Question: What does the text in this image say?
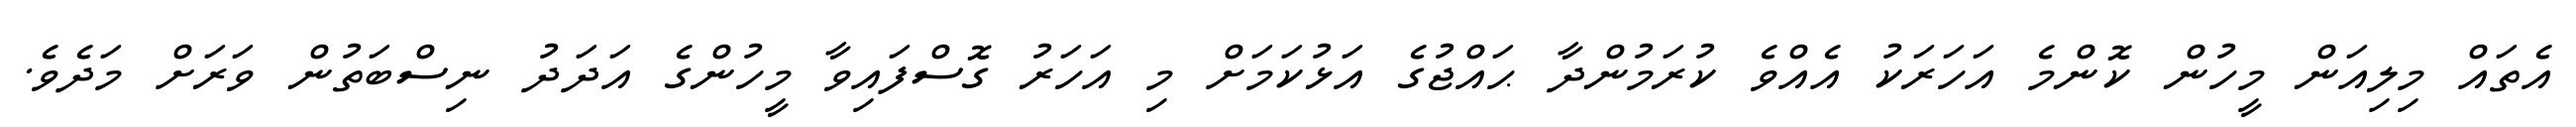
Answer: އެތައް މިލިއަން މީހުން ކޮންމެ އަހަރަކު އެއްވެ ކުރަމުންދާ ޙައްޖުގެ އަޅުކަމަށް މި އަހަރު ގޮސްފައިވާ މީހުންގެ އަދަދު ނިސްބަތުން ވަރަށް މަދެވެ.